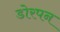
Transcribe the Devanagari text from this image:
डोरपन